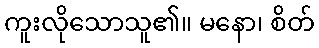
ကူးလိုသောသူ၏။ မနော၊ စိတ်